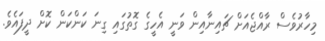
މިހާރުވެސް ރާއްޖެއަށް ޗައިނާއިން ވަނީ އެހީގެ ގޮތުގައި ގިނަ ކަންކަން ކޮށް ދީފައެވެ.